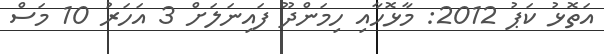
އަތޮޅު ކަޕު 2012: މާޅޮހާއި ހިމަންދޫ ފައިނަލަށް 3 އަހަރު 10 މަސް